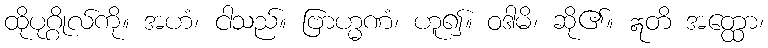
ထိုပုဂ္ဂိုလ်ကို။ အဟံ၊ ငါသည်။ ဗြာဟ္မဏံ၊ ဟူ၍။ ဝဒါမိ၊ ဆို၏။ ဣတိ အတ္ထော၊